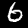
Label: 6